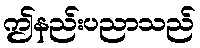
ဤနည်းပညာသည်